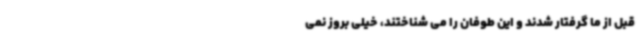
قبل از ما گرفتار شدند و این طوفان را می ‌شناختند، خیلی بروز نمی ‌